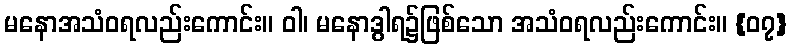
မနောအသံဝရလည်းကောင်း။ ဝါ၊ မနောဒွါရ၌ဖြစ်သော အသံဝရလည်းကောင်း။ {၀၇}